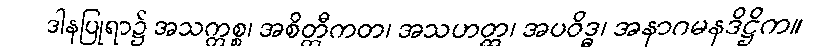
ဒါနပြုရာ၌ အသက္ကစ္စ၊ အစိတ္တီကတ၊ အသဟတ္ထ၊ အပဝိဒ္ဓ၊ အနာဂမနဒိဋ္ဌိက။